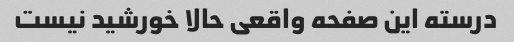
درسته این صفحه واقعی حالا خورشید نیست